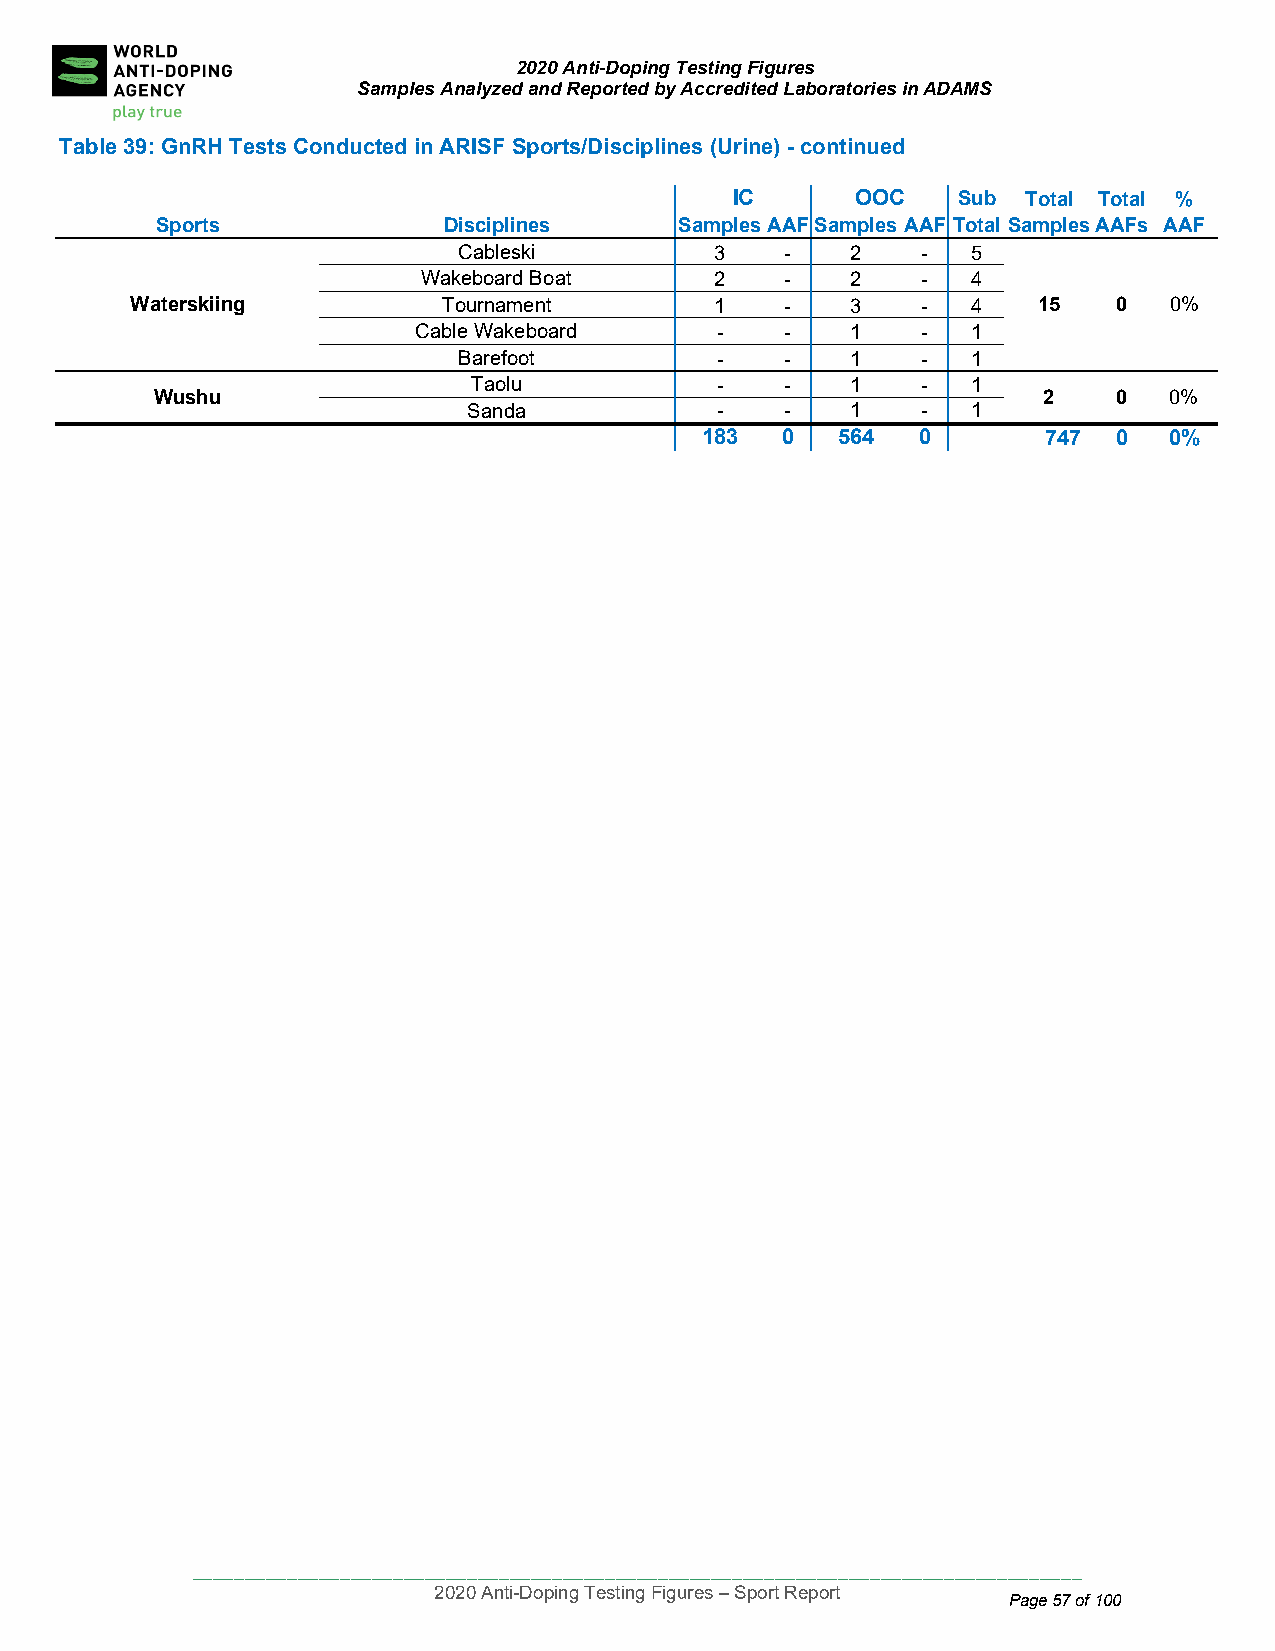
2020 Anti-Doping Testing Figures
 Samples Analyzed and Reported by Accredited Laboratories in ADAMS
 Table 39: Gn RH Tests Conducted in ARISF Sports/Disciplines (Urine) - continued
 IC       OOC   Sub  Total Total %
 Spo rts            Disciplines     Samples AAFSamples AAFTotal SamplesAAFs AAF
 Cableski         3    -   2    -  5
 Wakeboard Boat     2    -   2    -  4
 Waterskiing         Tournament        1    -   3    -  4    15   0  0%
 Cable Wakeboard     -    -   1    -  1
 Barefoot         -    -   1    -  1
 Taolu           -    -   1    -  1
 Wus hu                                                     2    0  0%
 Sanda           -    -   1    -  1
 183   0  564   0       7 47 0  0%
 ____________________________________________________________________________________
 2020 Anti-Doping Testing Figures – Sport Report
 Page 57 of 100